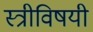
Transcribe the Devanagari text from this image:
स्त्रीविषयी